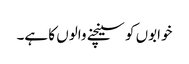
خوابوں کو سینچنے والوں کا ہے۔